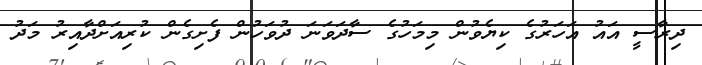
ދިރާސީ އައު އަހަރުގެ ކިޔެވުން މިމަހުގެ ސާދަވަނަ ދުވަހުން ފެށިގެން ކުރިއަށްދާއިރު މަދު